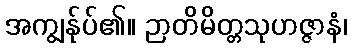
အကျွန်ုပ်၏။ ဉာတိမိတ္တသုဟဇ္ဇာနံ၊